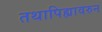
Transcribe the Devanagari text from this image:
तथापिह्यावरुन